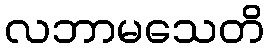
လဘာမသေတိ